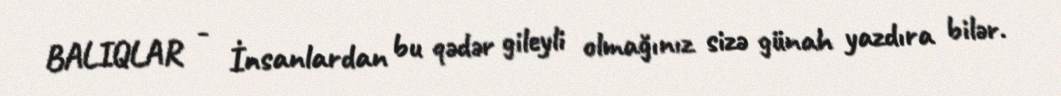
BALIQLAR - İnsanlardan bu qədər gileyli olmağınız sizə günah yazdıra bilər.